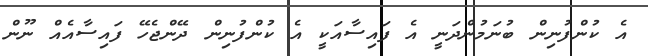
އެ ކުންފުނިން ބުނަމުންދަނީ އެ ފައިސާއަކީ އެ ކުންފުނިން ދޭންޖެހޭ ފައިސާއެއް ނޫން